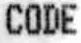
CODE